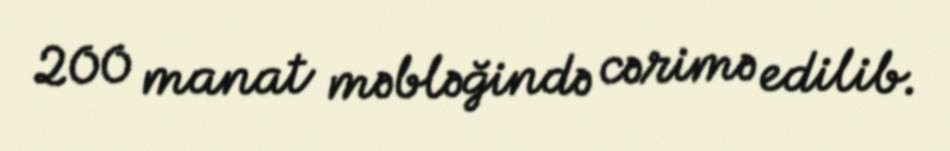
200 manat məbləğində cərimə edilib.